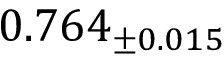
0 . 7 6 4 _ { \pm 0 . 0 1 5 }